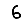
Digit: 6